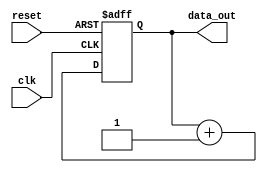
module RepeatLoop (
    input wire clk,           // Clock signal
    input wire reset,         // Reset signal to exit the loop
    output reg [7:0] data_out // Example output data
);

// Initialization
initial begin
    data_out = 8'b0; // Initialize output data
end

// Continuous process
always @(posedge clk or posedge reset) begin
    if (reset) begin
        // Handle reset condition
        data_out <= 8'b0; // Reset output data or perform any necessary cleanup
    end else begin
        // Loop body: Execute statements repeatedly
        // Example operation: Increment data_out
        data_out <= data_out + 1;
        
        // Additional operations can be added here
    end
end

endmodule